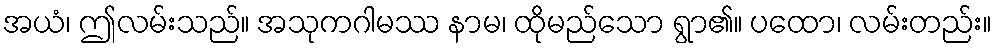
အယံ၊ ဤလမ်းသည်။ အသုကဂါမဿ နာမ၊ ထိုမည်သော ရွာ၏။ ပထော၊ လမ်းတည်း။